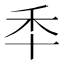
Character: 𮂯